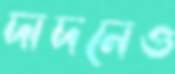
দাদনেও